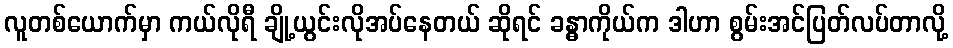
လူတစ်ယောက်မှာ ကယ်လိုရီ ချို့ယွင်းလိုအပ်နေတယ် ဆိုရင် ခန္ဓာကိုယ်က ဒါဟာ စွမ်းအင်ပြတ်လပ်တာလို့